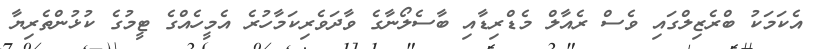
އެކަމަކު ބްރެޒިލްގައި ވެސް ރެއާލް މެޑްރިޑާއި ބާސެލޯނާގެ ވާދަވެރިކަމާހުރެ އެމީހެއްގެ ޓީމުގެ ކުޅުންތެރިޔާ